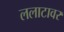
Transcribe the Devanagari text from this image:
ललाटावर